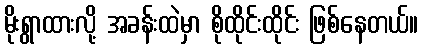
မိုးရွာထားလို့ အခန်းထဲမှာ စိုထိုင်းထိုင်း ဖြစ်နေတယ်။